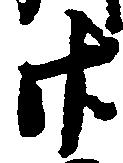
廿